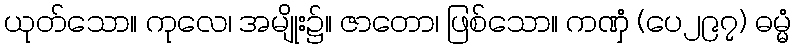
ယုတ်သော။ ကုလေ၊ အမျိုး၌။ ဇာတော၊ ဖြစ်သော။ ကဏှံ (ပေ၂၉၇) ဓမ္မံ